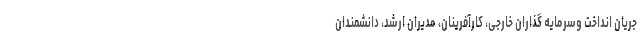
جریان انداخت وسرمایه گذاران خارجی، کارآفرینان، مدیران ارشد، دانشمندان